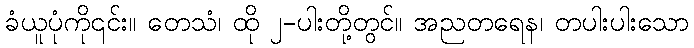
ခံယူပုံကို၎င်း။ တေသံ၊ ထို ၂-ပါးတို့တွင်။ အညတရေန၊ တပါးပါးသော